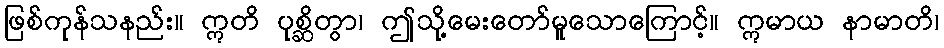
ဖြစ်ကုန်သနည်း။ ဣတိ ပုစ္ဆိတွာ၊ ဤသို့မေးတော်မူသောကြောင့်။ ဣမာယ နာမာတိ၊